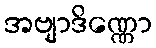
အဗျာဒိဏ္ဏော